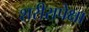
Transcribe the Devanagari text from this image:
शरीरापेक्षा